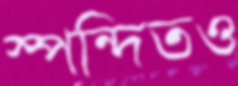
স্পন্দিতও